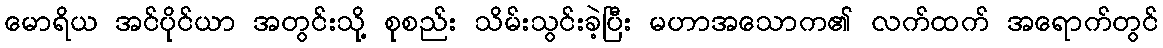
မောရိယ အင်ပိုင်ယာ အတွင်းသို့ စုစည်း သိမ်းသွင်းခဲ့ပြီး မဟာအသောက၏ လက်ထက် အရောက်တွင်